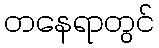
တနေရာတွင်